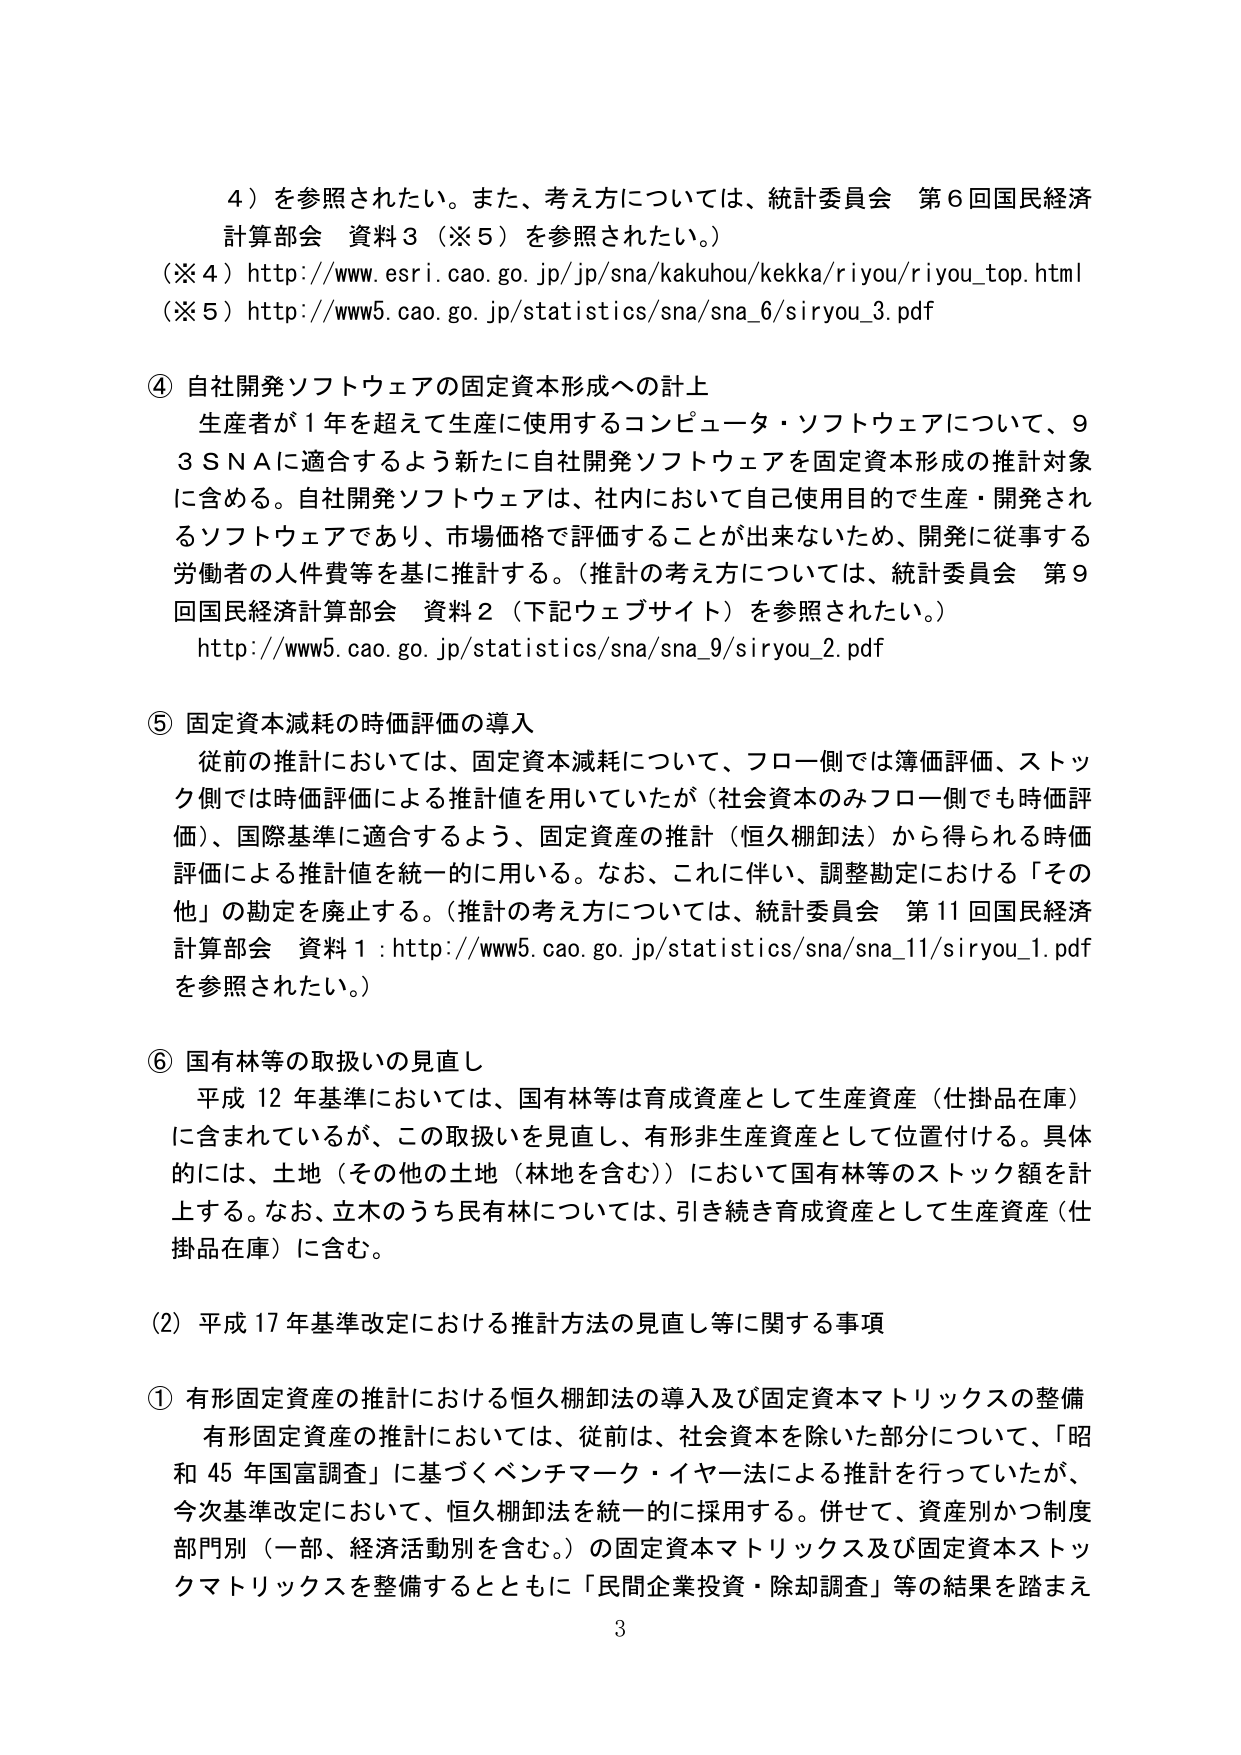
4）を参照されたい。また、考え方については、統計委員会 第6回国民経済計算部会 資料3（※5）を参照されたい。）
（※4）http://www.esri.cao.go.jp/jp/sna/kakuhou/kekka/riyou/riyou_top.html
（※5）http://www5.cao.go.jp/statistics/sna/sna_6/siryou_3.pdf

④ 自社開発ソフトウェアの固定資本形成への計上
生産者が1年を超えて生産に使用するコンピュータ・ソフトウェアについて、93SNAに適合するよう新たに自社開発ソフトウェアを固定資本形成の推計対象に含める。自社開発ソフトウェアは、社内において自己使用目的で生産・開発されるソフトウェアであり、市場価格で評価することが出来ないため、開発に従事する労働者の人件費等を基に推計する。（推計の考え方については、統計委員会 第9回国民経済計算部会 資料2（下記ウェブサイト）を参照されたい。）
http://www5.cao.go.jp/statistics/sna/sna_9/siryou_2.pdf

⑤ 固定資本減耗の時価評価の導入
従前の推計においては、固定資本減耗について、フロー側では簿価評価、ストック側では時価評価による推計値を用いていたが（社会資本のみフロー側でも時価評価）、国際基準に適合するよう、固定資産の推計（恒久棚卸法）から得られる時価評価による推計値を統一的に用いる。なお、これに伴い、調整勘定における「その他」の勘定を廃止する。（推計の考え方については、統計委員会 第11回国民経済計算部会 資料1：http://www5.cao.go.jp/statistics/sna/sna_11/siryou_1.pdfを参照されたい。）

⑥ 国有林等の取扱いの見直し
平成12年基準においては、国有林等は育成資産として生産資産（仕掛品在庫）に含まれているが、この取扱いを見直し、有形非生産資産として位置付ける。具体的には、土地（その他の土地（林地を含む））において国有林等のストック額を計上する。なお、立木のうち民有林については、引き続き育成資産として生産資産（仕掛品在庫）に含む。

（2）平成17年基準改定における推計方法の見直し等に関する事項

① 有形固定資産の推計における恒久棚卸法の導入及び固定資本マトリックスの整備
有形固定資産の推計においては、従前は、社会資本を除いた部分について、「昭和45年国富調査」に基づくベンチマーク・イヤー法による推計を行っていたが、今次基準改定において、恒久棚卸法を統一的に採用する。併せて、資産別かつ制度部門別（一部、経済活動別を含む。）の固定資本マトリックス及び固定資本ストックマトリックスを整備するとともに「民間企業投資・除却調査」等の結果を踏まえ

3